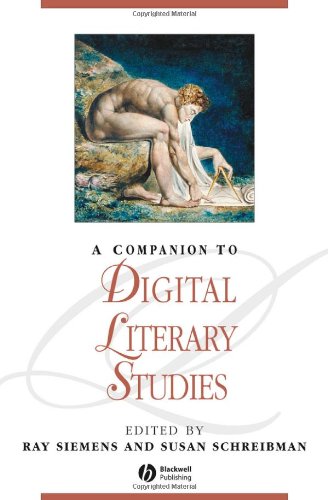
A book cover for A Companion to Digital Literary Studies; Computers & Technology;